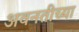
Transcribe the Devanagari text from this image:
अवनतीच्या